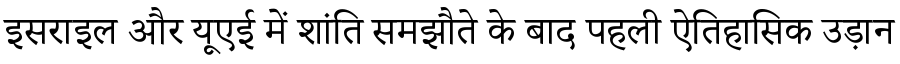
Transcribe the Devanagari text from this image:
इसराइल और यूएई में शांति समझौते के बाद पहली ऐतिहासिक उड़ान